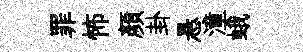
罪怖顔卦悬潼蛾